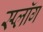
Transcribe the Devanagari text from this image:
स्प्लॉग